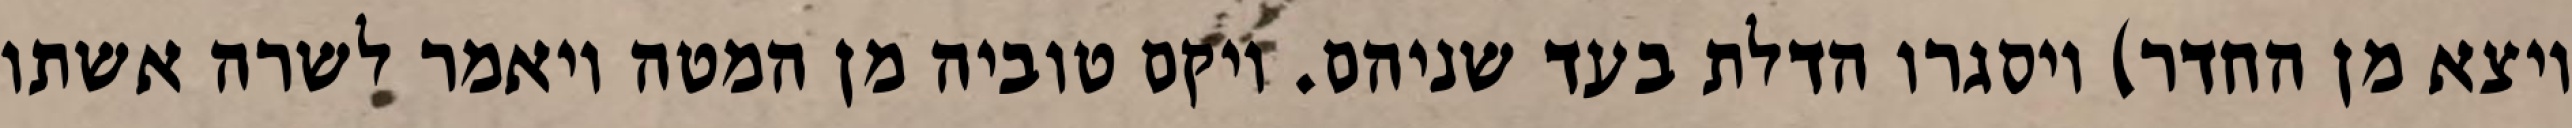
ויצא מן החדר) ויסגרו הדלת בעד שניהם. ויקם טוביה מן המטה ויאמר לשרה אשתו